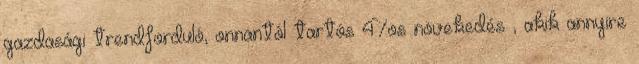
gazdasági trendforduló, onnantól tartós 4%os növekedés , akik annyire